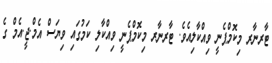
ޓާރނާރ މިކޮމްޕެނީ ވިއްކާލިއެވެ. ޓާރނާރ މިކޮމްޕެނީ ވިއްކާލި ކަމުގައި ވިޔަސް އެމް.ޖީ.އެމް ގެ